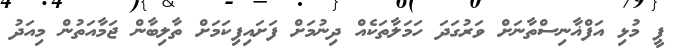
ޕީ މުޅި އަފްޣާނިސްތާނަށް ވަރުގަދަ ހަމަލާތަކެއް ދިނުމަށް ފަށައިފިކަމަށް ތާލިބާން ޖަމާއަތުން މިއަދު